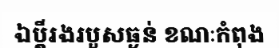
ឯប្តីរងរបួសធ្ងន់ ខណៈកំពុង